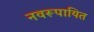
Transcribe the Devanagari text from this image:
नवरूपायित